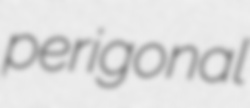
perigonal